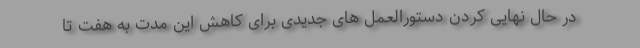
در حال نهایی کردن دستورالعمل های جدیدی برای کاهش این مدت به هفت تا